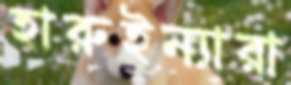
হারুইন্যারা